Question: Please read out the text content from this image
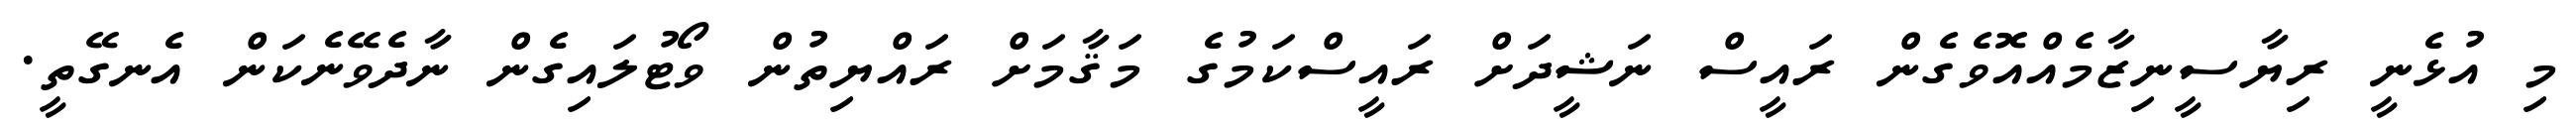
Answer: މި އުޅެނީ ރިޔާސީނިޒާމެއްއޮވެގެން ރައީސް ނަޝީދަށް ރައީސްކަމުގެ މަޤާމަށް ރައްޔިތުން ވޯޓުލައިގެން ނާދެވޭނެކަން އެނގޭތީ.